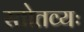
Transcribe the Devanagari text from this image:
स्तोतव्यः